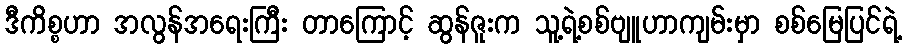
ဒီကိစ္စဟာ အလွန်အရေးကြီး တာကြောင့် ဆွန်ဇူးက သူ့ရဲ့စစ်ဗျူဟာကျမ်းမှာ စစ်မြေပြင်ရဲ့